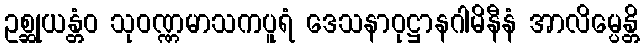
ဥစ္ဆုယန္တံဝ သုဝဏ္ဏမာသကပူရံ ဒေသနာဝုဋ္ဌာနဂါမိနီနံ အာလိမ္ပေန္တိ